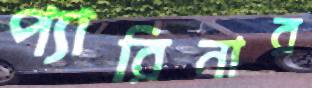
প্যারিনার